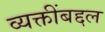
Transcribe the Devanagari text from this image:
व्यक्तींबद्दल